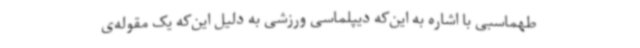
طهماسبی با اشاره به این‌که دیپلماسی ورزشی به دلیل این‌که یک مقوله‌ی